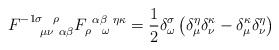
\begin{align*}F^{-1 \sigma ~~\rho }_{~~~~\mu \nu ~\alpha \beta }F_{ \rho~~ \omega }^{~\alpha \beta ~\eta \kappa } =\frac{1}{2} \delta^\sigma_\omega\left( \delta_\mu^\eta \delta_\nu^\kappa- \delta_\mu^\kappa \delta_\nu^\eta \right)\end{align*}